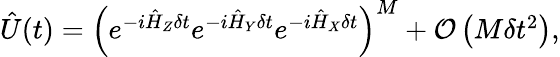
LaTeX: \begin{array}{r}{\hat{U}(t)=\left(e^{-i\hat{H}_{Z}\delta t}e^{-i\hat{H}_{Y}\delta t}e^{-i\hat{H}_{X}\delta t}\right)^{M}+{\mathcal O}\left(M\delta t^{2}\right),}\end{array}